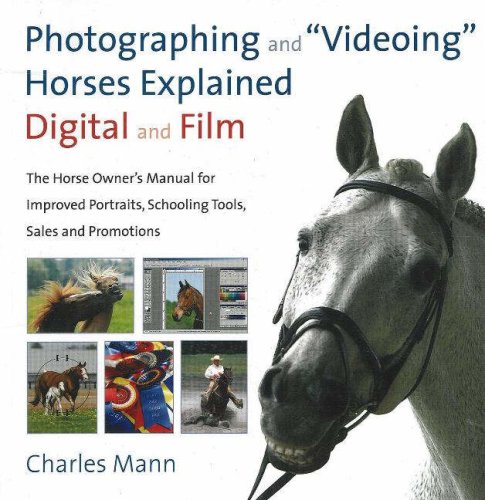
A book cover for Photographing and "Videoing" Horses Explained: Digital and Film: The Horse Owner's Manual for Improved Portraits, Schooling Tools, Sales and Promotions; Charles Mann; Humor & Entertainment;